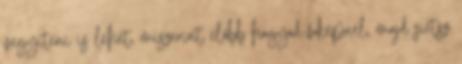
vegyíteni is lehet, miszerint előbb hagyod faképnél, majd sietsz